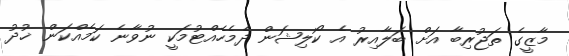
މާޒީގެ ތަޖުރިބާ އަށް ބަލާއިރު އެ ކޯލިޝަން ދެމެހެއްޓުމަކީ ނުވާނެ ކަމެއްކަން ޚުދު